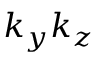
k _ { y } k _ { z }